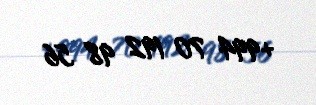
+994 70 192 98 56